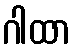
ဂါထာ